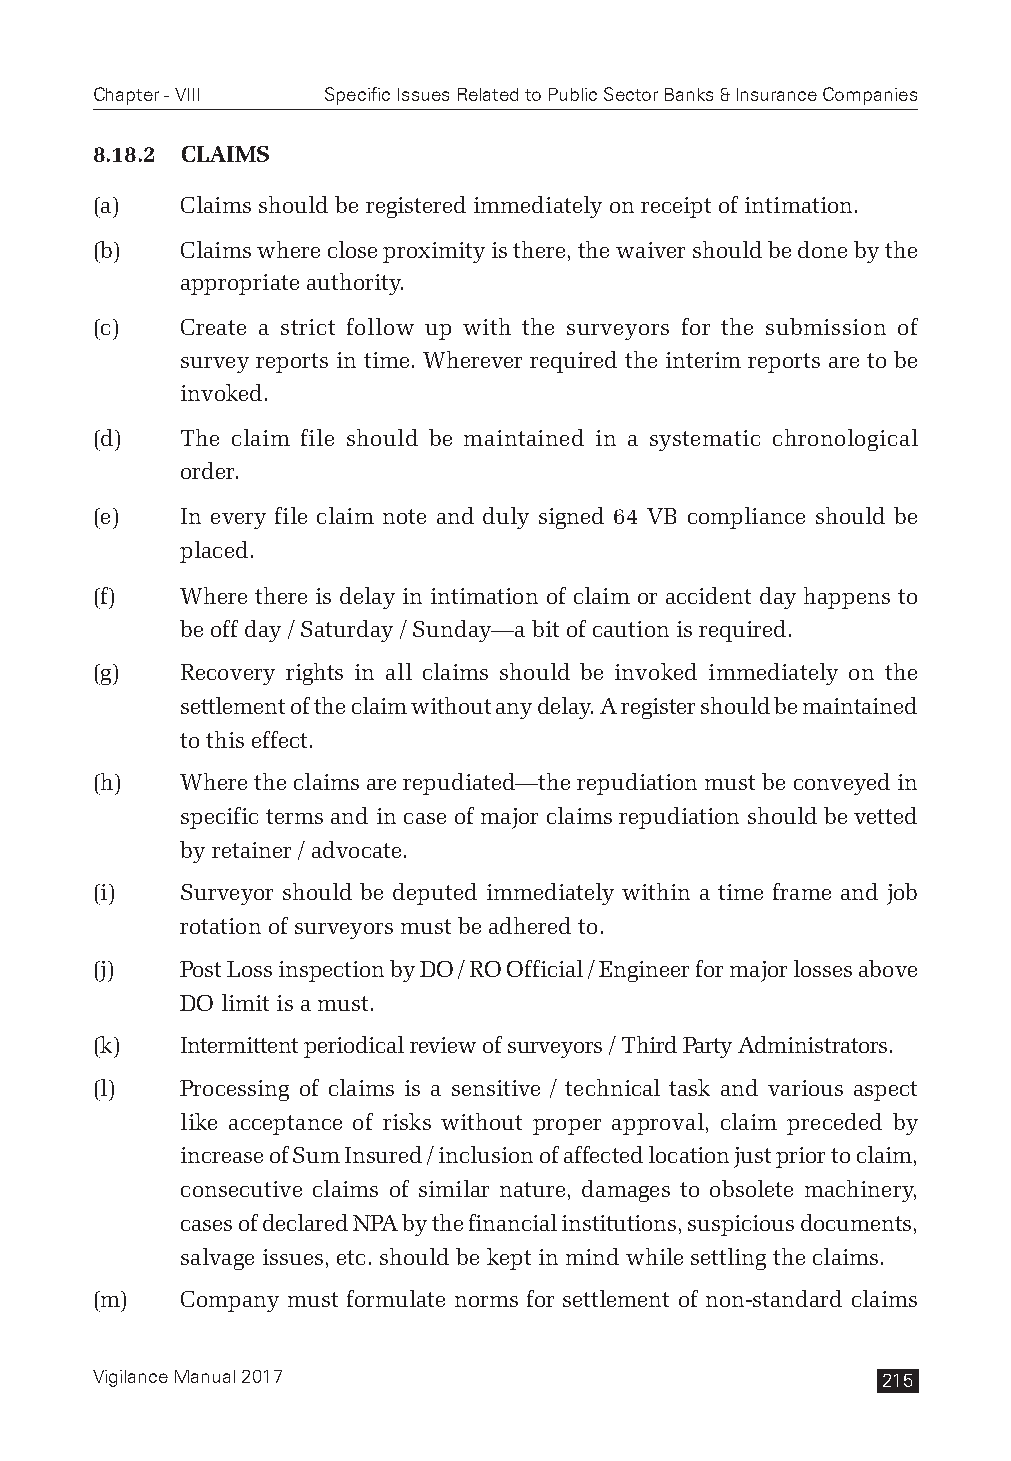
Chapter - VIII Specific Issues Related to Public Sector Banks & Insurance Companies
 8.18.2 CLAIMS
 (a)   Claims should be registered immediately on receipt of intimation.
 (b)   Claims where close proximity is there, the waiver should be done by the
 appropriate authority.
 (c)   Create a strict follow up with the surveyors for the submission of
 survey reports in time. Wherever required the interim reports are to be
 invoked.
 (d)   The claim file should be maintained in a systematic chronological
 order.
 (e)   In every file claim note and duly signed 64 VB compliance should be
 placed.
 (f)   Where there is delay in intimation of claim or accident day happens to
 be off day / Saturday / Sunday—a bit of caution is required.
 (g)   Recovery rights in all claims should be invoked immediately on the
 settlement of the claim without any delay. A register should be maintained
 to this effect.
 (h)   Where the claims are repudiated—the repudiation must be conveyed in
 specific terms and in case of major claims repudiation should be vetted
 by retainer / advocate.
 (i)   Surveyor should be deputed immediately within a time frame and job
 rotation of surveyors must be adhered to.
 (j)   Post Loss inspection by DO / RO Official / Engineer for major losses above
 DO limit is a must.
 (k)   Intermittent periodical review of surveyors / Third Party Administrators.
 (l)   Processing of claims is a sensitive / technical task and various aspect
 like acceptance of risks without proper approval, claim preceded by
 increase of Sum Insured / inclusion of affected location just prior to claim,
 consecutive claims of similar nature, damages to obsolete machinery,
 cases of declared NPA by the financial institutions, suspicious documents,
 salvage issues, etc. should be kept in mind while settling the claims.
 (m)   Company must formulate norms for settlement of non-standard claims
 Vigilance Manual 2017                               215